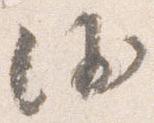
沙